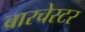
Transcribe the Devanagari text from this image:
बारचेस्टर